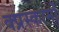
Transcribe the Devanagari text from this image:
क्प्रस्कामों